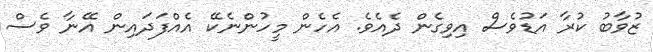
ޒުވާބު ކުރާ އަޑުވެސް އިވިގެން ދެއެވެ. އެހެން މީހުންނެކޭ އެއްފަދައިން އޭނާ ވެސް